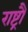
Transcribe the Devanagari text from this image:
राष्ट्रौं